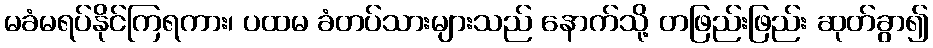
မခံမရပ်နိုင်ကြရကား၊ ပထမ ခံတပ်သားများသည် နောက်သို့ တဖြည်းဖြည်း ဆုတ်ခွာ၍